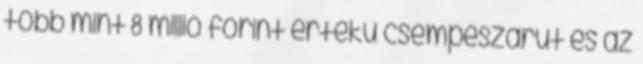
több mint 8 millió forint értékű csempészárut és az